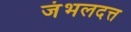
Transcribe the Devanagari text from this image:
जंभलदत्त